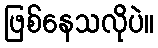
ဖြစ်နေသလိုပဲ။